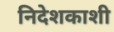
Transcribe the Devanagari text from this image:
निदेशकाशी